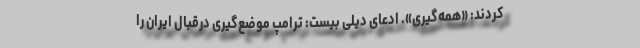
کردند: «همه‌گیری». ادعای دیلی بیست: ترامپ موضع‌گیری درقبال ایران را